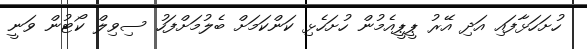
ހުށަހަޅާފައި އަދި އޭރު ޕީޕީއެމުން ހުށަހެޅި ކަންކަމަށް ބެލުމަށްފަހު ސިވިލް ކޯޓުން ވަނީ